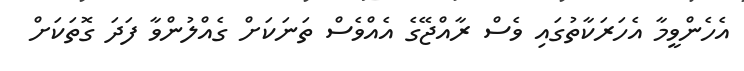
އެހެންވީމާ އެހަރަކާތުގައި ވެސް ރާއްޖޭގެ އެއްވެސް ތަނަކަށް ގެއްލުންވާ ފަދަ ގޮތަކަށް